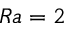
R a = 2